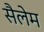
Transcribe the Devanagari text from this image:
सैलेम